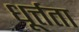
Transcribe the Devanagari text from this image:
धूर्त्तता